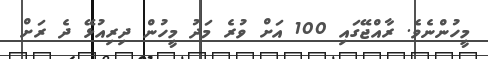
މީހުންނެވެ. ރާއްޖޭގައި 100 އަށް ވުރެ މަދު މީހުން ދިރިއުޅޭ ދެ ރަށް